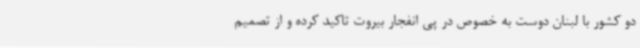
دو کشور با لبنان دوست به خصوص در پی انفجار بیروت تاکید کرده و از تصمیم